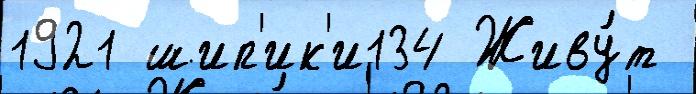
1921 шип'ик'и134 Живу́т